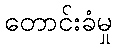
တောင်းခံမှု